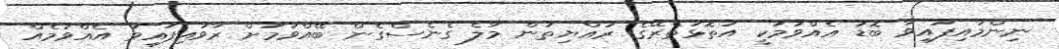
ނިންމައިފައިވާ ބޮޑު އެއްވުމަކީ އަތޮޅުތެރޭގެ ރައްޔިތުން މާލެ ގެނެސްގެން ބޭއްވުމަށް ރާވައިފައިވާ އެއްވުމެއް